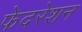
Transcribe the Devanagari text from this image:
फेदरेशन